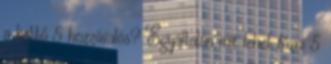
a kettő 5 hozzávalós? Egyáltalán mit lehet főzni 5